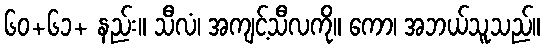
၆၀+၆၁+ နည်း။ သီလံ၊ အကျင့်သီလကို။ ကော၊ အဘယ်သူသည်။